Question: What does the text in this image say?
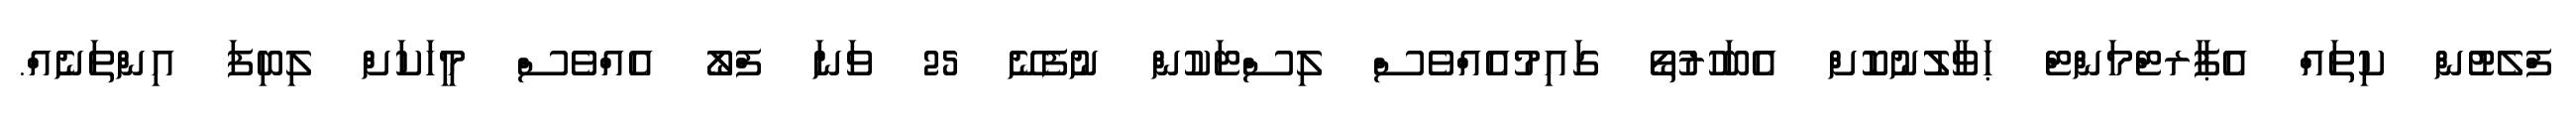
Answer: ފްލެޓުން ކިތައް އެޕާރޓްމަންޓް ޙަވާލުނުކޮށް އެބަހުރުތޯ ގައިމުއެއްވެސް ލިސްޓަކުން ނުފެނޭ 25 ވަނަ ފްލޯ އެއްވެސް މީހަކަށް ލިބިފަ އިންތަނެއް.